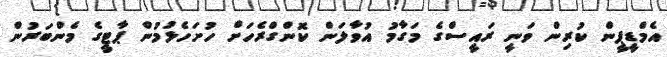
އެމްޑީޕީން ކުރިން ވަނީ ރައީސްގެ މަގާމު އުވާލަން ކޮންގްރެހަށް ހުށަހެޅުމުން ޕާޓީގެ މެންބަރުން